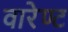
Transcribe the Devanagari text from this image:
वारेण्ट